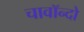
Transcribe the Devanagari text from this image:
चावॉन्दो